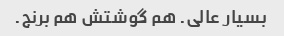
بسیار عالی. هم گوشتش هم برنج.